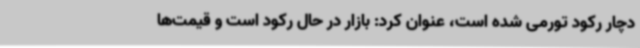
دچار رکود تورمی شده است، عنوان کرد: بازار در حال رکود است و قیمت‌ها